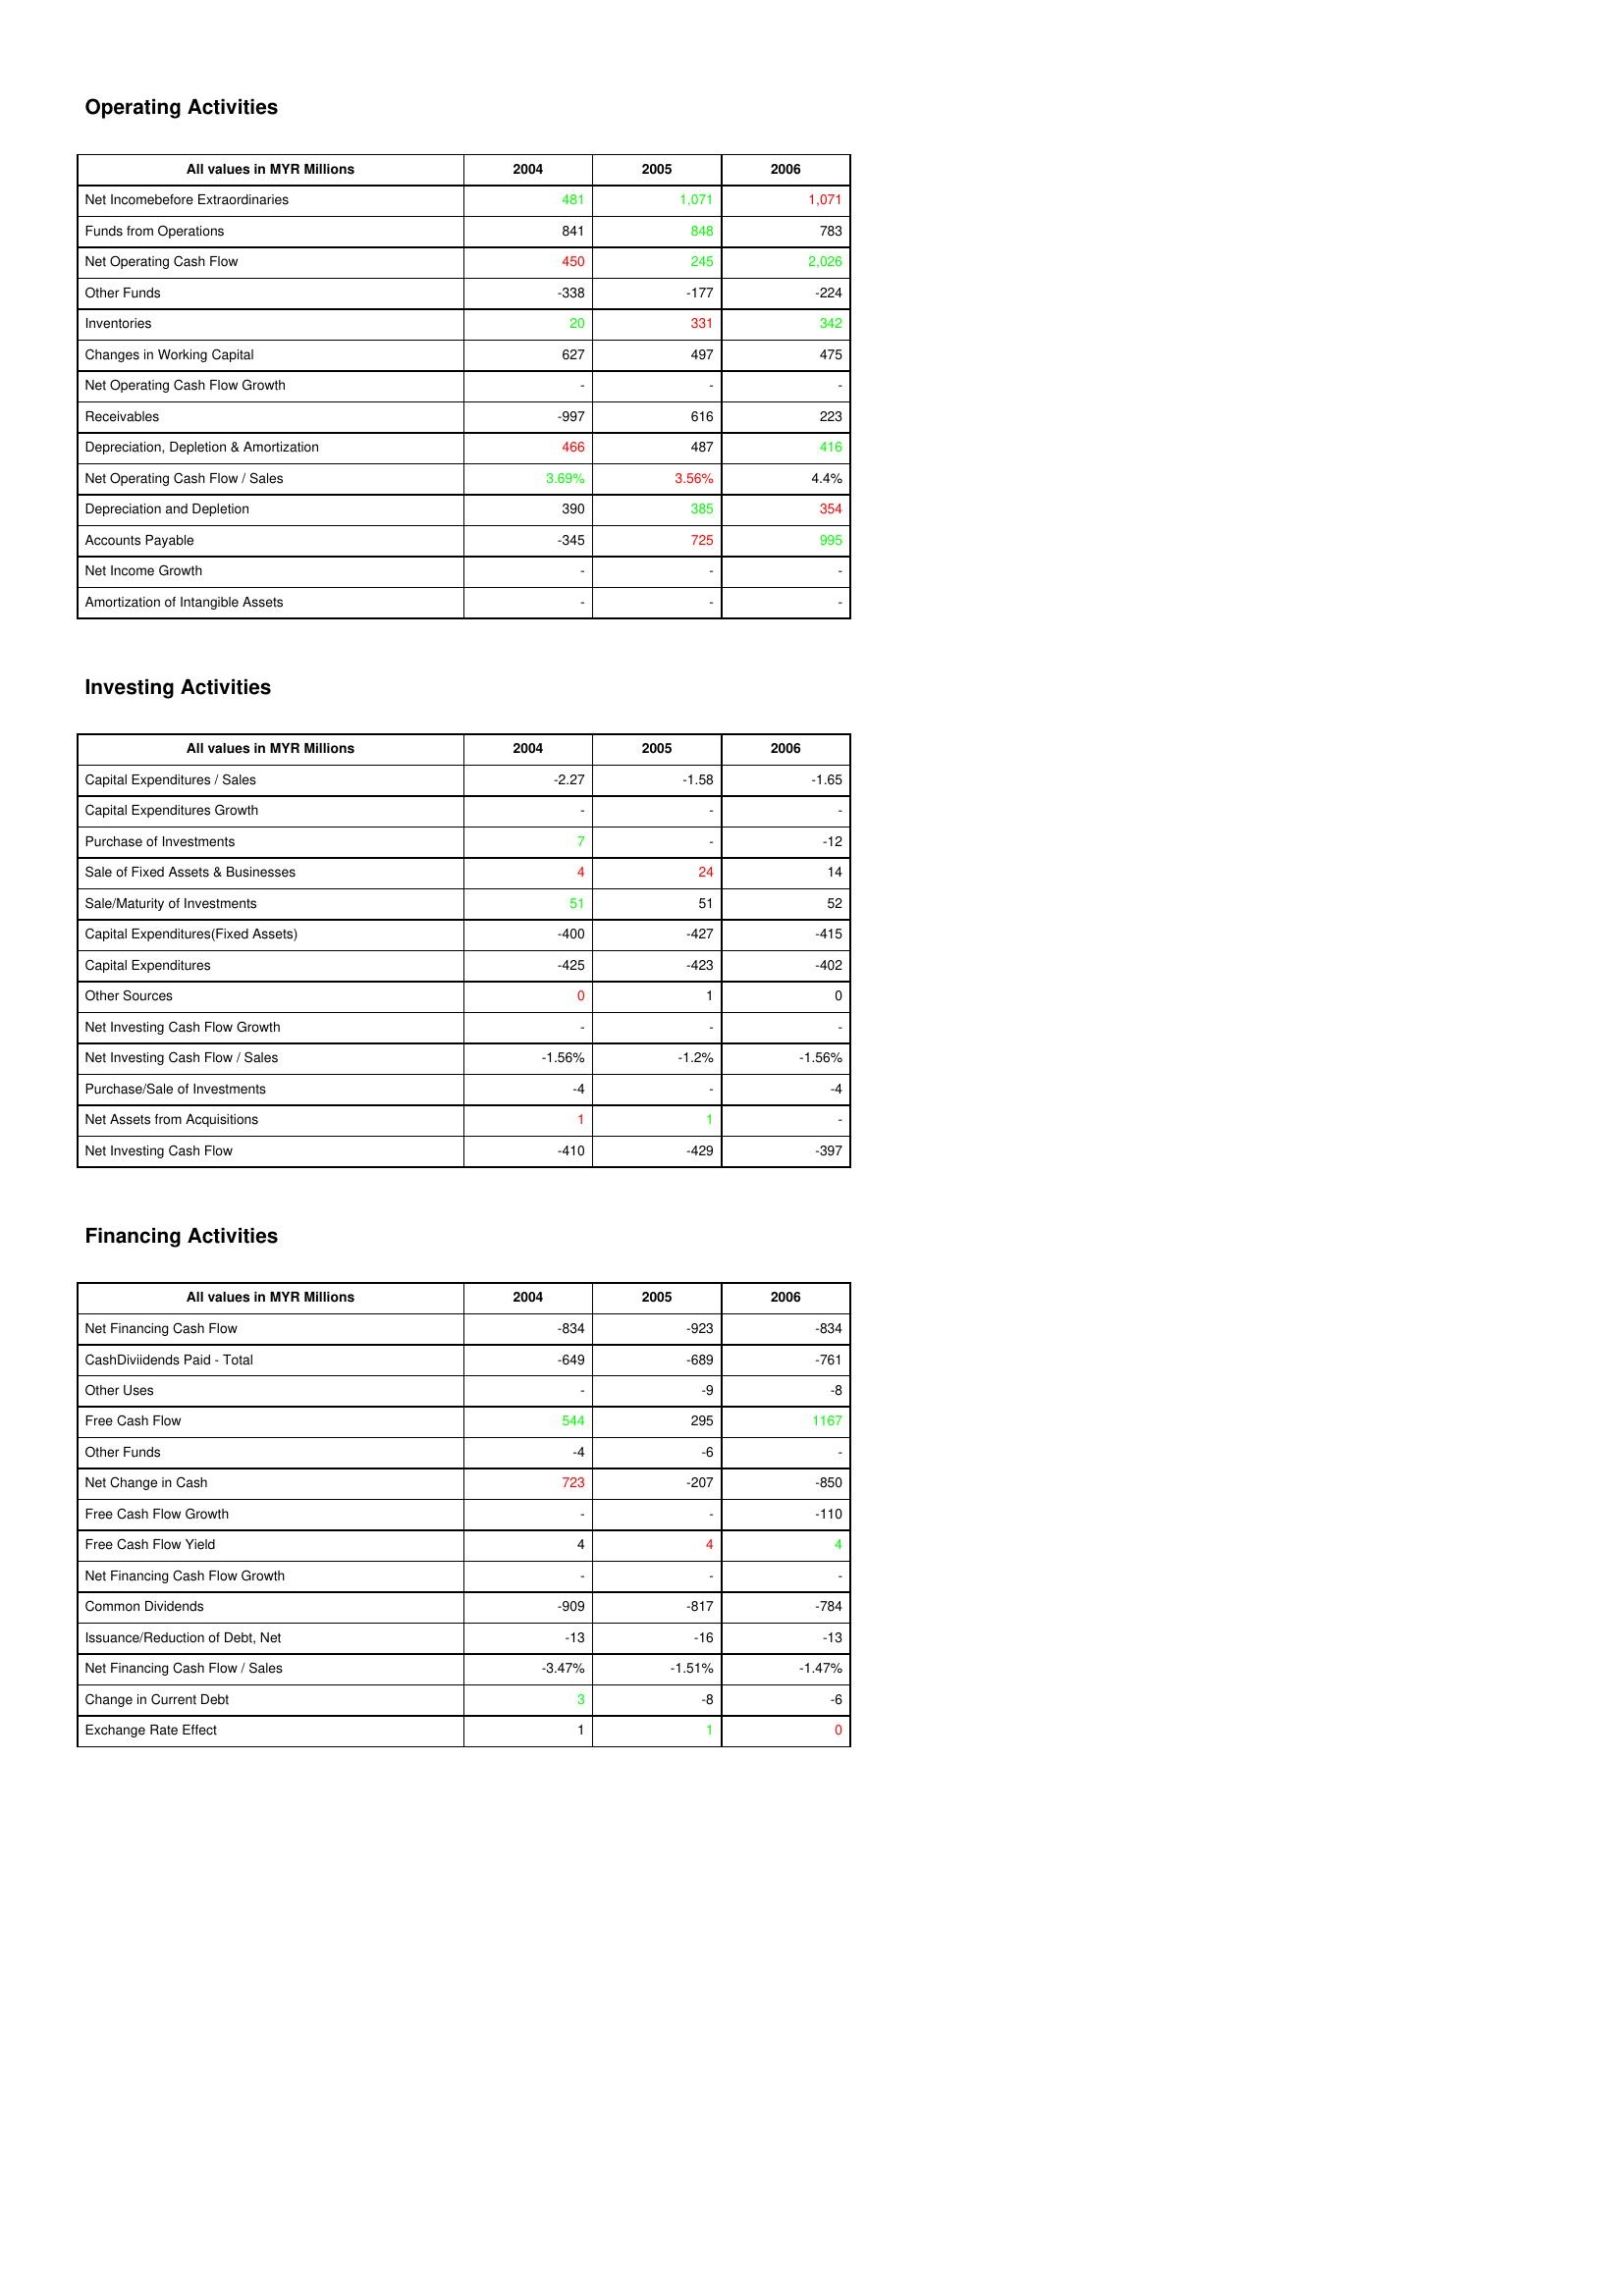
gt_parse: 2004: Operating Activities: Net Incomebefore Extraordinaries: 481
Funds from Operations: 841
Net Operating Cash Flow: 450
Other Funds: -338
Inventories: 20
Changes in Working Capital: 627
Net Operating Cash Flow Growth: -
Receivables: -997
Depreciation, Depletion & Amortization: 466
Net Operating Cash Flow / Sales: 3.69%
Depreciation and Depletion: 390
Accounts Payable: -345
Net Income Growth: -
Amortization of Intangible Assets: -
Investing Activities: Capital Expenditures / Sales: -2.27
Capital Expenditures Growth: -
Purchase of Investments: 7
Sale of Fixed Assets & Businesses: 4
Sale/Maturity of Investments: 51
Capital Expenditures(Fixed Assets): -400
Capital Expenditures: -425
Other Sources: 0
Net Investing Cash Flow Growth: -
Net Investing Cash Flow / Sales: -1.56%
Purchase/Sale of Investments: -4
Net Assets from Acquisitions: 1
Net Investing Cash Flow: -410
Financing Activities: Net Financing Cash Flow: -834
CashDiviidends Paid - Total: -649
Other Uses: -
Free Cash Flow: 544
Other Funds: -4
Net Change in Cash: 723
Free Cash Flow Growth: -
Free Cash Flow Yield: 4
Net Financing Cash Flow Growth: -
Common Dividends: -909
Issuance/Reduction of Debt, Net: -13
Net Financing Cash Flow / Sales: -3.47%
Change in Current Debt: 3
Exchange Rate Effect: 1
2005: Operating Activities: Net Incomebefore Extraordinaries: 1,071
Funds from Operations: 848
Net Operating Cash Flow: 245
Other Funds: -177
Inventories: 331
Changes in Working Capital: 497
Net Operating Cash Flow Growth: -
Receivables: 616
Depreciation, Depletion & Amortization: 487
Net Operating Cash Flow / Sales: 3.56%
Depreciation and Depletion: 385
Accounts Payable: 725
Net Income Growth: -
Amortization of Intangible Assets: -
Investing Activities: Capital Expenditures / Sales: -1.58
Capital Expenditures Growth: -
Purchase of Investments: -
Sale of Fixed Assets & Businesses: 24
Sale/Maturity of Investments: 51
Capital Expenditures(Fixed Assets): -427
Capital Expenditures: -423
Other Sources: 1
Net Investing Cash Flow Growth: -
Net Investing Cash Flow / Sales: -1.2%
Purchase/Sale of Investments: -
Net Assets from Acquisitions: 1
Net Investing Cash Flow: -429
Financing Activities: Net Financing Cash Flow: -923
CashDiviidends Paid - Total: -689
Other Uses: -9
Free Cash Flow: 295
Other Funds: -6
Net Change in Cash: -207
Free Cash Flow Growth: -
Free Cash Flow Yield: 4
Net Financing Cash Flow Growth: -
Common Dividends: -817
Issuance/Reduction of Debt, Net: -16
Net Financing Cash Flow / Sales: -1.51%
Change in Current Debt: -8
Exchange Rate Effect: 1
2006: Operating Activities: Net Incomebefore Extraordinaries: 1,071
Funds from Operations: 783
Net Operating Cash Flow: 2,026
Other Funds: -224
Inventories: 342
Changes in Working Capital: 475
Net Operating Cash Flow Growth: -
Receivables: 223
Depreciation, Depletion & Amortization: 416
Net Operating Cash Flow / Sales: 4.4%
Depreciation and Depletion: 354
Accounts Payable: 995
Net Income Growth: -
Amortization of Intangible Assets: -
Investing Activities: Capital Expenditures / Sales: -1.65
Capital Expenditures Growth: -
Purchase of Investments: -12
Sale of Fixed Assets & Businesses: 14
Sale/Maturity of Investments: 52
Capital Expenditures(Fixed Assets): -415
Capital Expenditures: -402
Other Sources: 0
Net Investing Cash Flow Growth: -
Net Investing Cash Flow / Sales: -1.56%
Purchase/Sale of Investments: -4
Net Assets from Acquisitions: -
Net Investing Cash Flow: -397
Financing Activities: Net Financing Cash Flow: -834
CashDiviidends Paid - Total: -761
Other Uses: -8
Free Cash Flow: 1167
Other Funds: -
Net Change in Cash: -850
Free Cash Flow Growth: -110
Free Cash Flow Yield: 4
Net Financing Cash Flow Growth: -
Common Dividends: -784
Issuance/Reduction of Debt, Net: -13
Net Financing Cash Flow / Sales: -1.47%
Change in Current Debt: -6
Exchange Rate Effect: 0